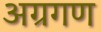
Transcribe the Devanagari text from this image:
अग्रगण